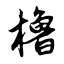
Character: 橹